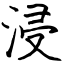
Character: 浸